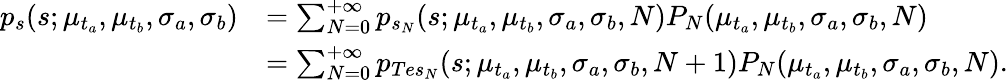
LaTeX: \begin{array}{rl}{p_{s}(s;\mu_{t_{a}},\mu_{t_{b}},\sigma_{a},\sigma_{b})}&{=\sum_{N=0}^{+\infty}p_{s_{N}}(s;\mu_{t_{a}},\mu_{t_{b}},\sigma_{a},\sigma_{b},N)P_{N}(\mu_{t_{a}},\mu_{t_{b}},\sigma_{a},\sigma_{b},N)}\\ &{=\sum_{N=0}^{+\infty}p_{Tes_{N}}(s;\mu_{t_{a}},\mu_{t_{b}},\sigma_{a},\sigma_{b},N+1)P_{N}(\mu_{t_{a}},\mu_{t_{b}},\sigma_{a},\sigma_{b},N).}\end{array}